Reports on dispensaries and lunatic asylums in the Province of Oudh - 1869-1876
Year: 1869
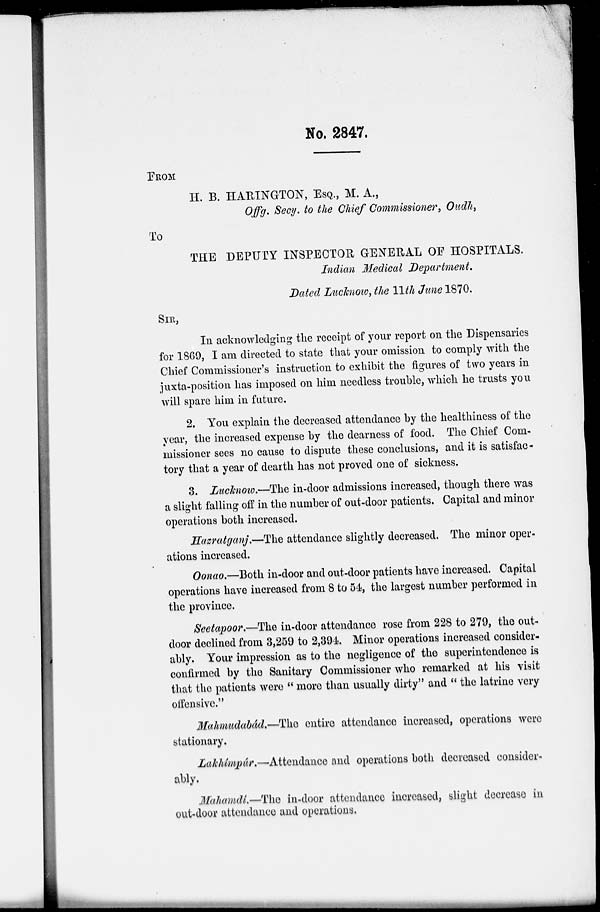
No. 2847.
FROM
H. B. HARINGTON, ESQ., M. A.,
Offg. Secy. to the Chief Commissioner, Oudh,
TO
THE DEPUTY INSPECTOR GENERAL OF HOSPITALS.
Indian Medical Department.
Dated Lucknow, the 11th June 1870.
SIR,
In acknowledging the receipt of your report on the Dispensaries
for 1869, I am directed to state that your omission to comply with the
Chief Commissioner's instruction to exhibit the figures of two years in
juxta-position has imposed on him needless trouble, which he trusts you
will spare him in future.
2. You explain the decreased attendance by the healthiness of the
year, the increased expense by the dearness of food. The Chief Com-
missioner sees no cause to dispute these conclusions, and it is satisfac -
tory that a year of dearth has not proved one of sickness.
3. Lacknow.—The in-door admissions increased, though there was
a slight falling off in the number of out-door patients. Capital and minor
operations both increased.
Hazratganj.—The attendance slightly decreased. The minor oper-
ations increased.
Oonao.—Both in-door and out-door patients have increased. Capital
operations have increased from 8 to 54, the largest number performed in
the province.
Seetapoor.—The in-door attendance rose from 228 to 279, the out-
door declined from 3,259 to 2,394. Minor operations increased consider-
ably. Your impression as to the negligence of the superintendence is
confirmed by the Sanitary Commissioner who remarked at his visit
that the patients were "more than usually dirty" and "the latrine very
offensive."
Mahmudabád.—The entire attendance increased, operations were
stationary,
Lakhímpúr.—Attendance and operations both decreased consider-
ably.
Mahamdi.—The in-door attendance increased, slight decrease in
out-door attendance and operations.